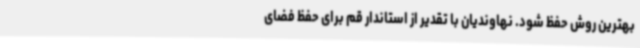
بهترین روش حفظ شود. نهاوندیان با تقدیر از استاندار قم برای حفظ فضای